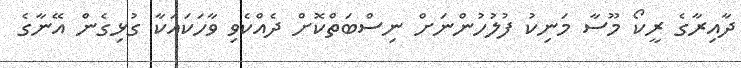
ދާއިރާގެ ރީކޯ މޫސާ މަނިކު ފުލުހުންނަށް ނިސްބަތްކޮށް ދެއްކެވި ވާހަކައަކާ ގުޅިގެން އޭނާގެ